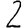
Digit: 2